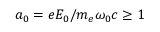
a _ { 0 } = e E _ { 0 } / m _ { e } \omega _ { 0 } c \geq 1